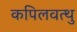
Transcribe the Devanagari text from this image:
कपिलवत्थु